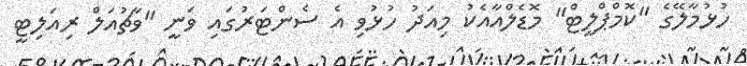
ހުޅުމާލޭގެ "ކޮމްޕްލީޓް" މޮޑެލްއާއެކު މިއަދު ހުޅުވި އެ ސެންޓަރުގައި ވަނީ "ވާޗުއަލް ރިއަލިޓީ